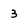
Character: 3